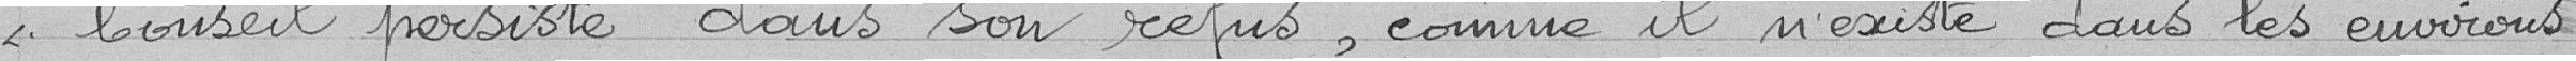
" conseil persiste dans son refus, comme il n'existe dans les environs